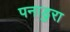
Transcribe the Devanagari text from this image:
पनाडुरा